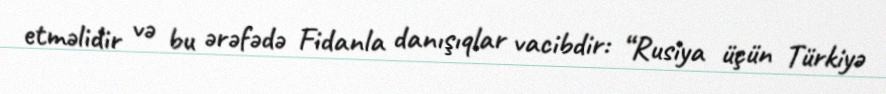
etməlidir və bu ərəfədə Fidanla danışıqlar vacibdir: “Rusiya üçün Türkiyə